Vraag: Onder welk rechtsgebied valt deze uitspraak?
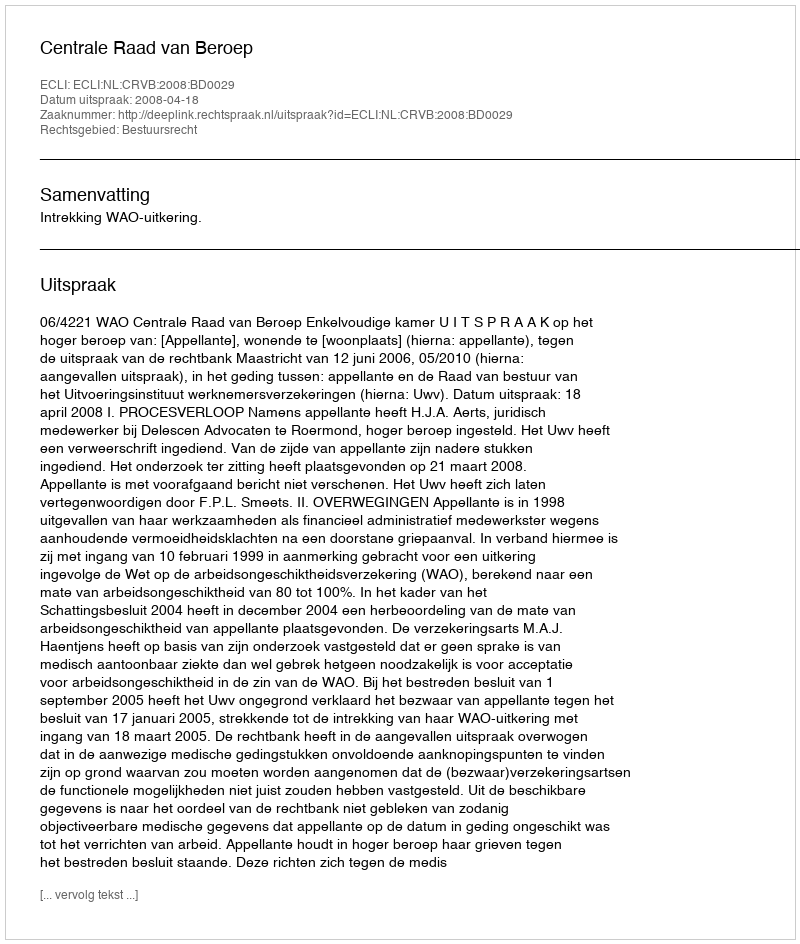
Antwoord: Bestuursrecht